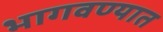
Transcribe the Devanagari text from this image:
भागवण्यात